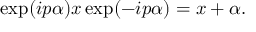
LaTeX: \exp ( i p \alpha ) x \exp ( - i p \alpha ) = x + \alpha .